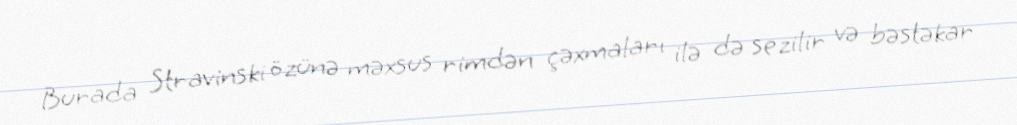
Burada Stravinski özünə məxsus rimdən çəxmaları ilə də sezilir və bəstəkar